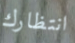
انتظارك